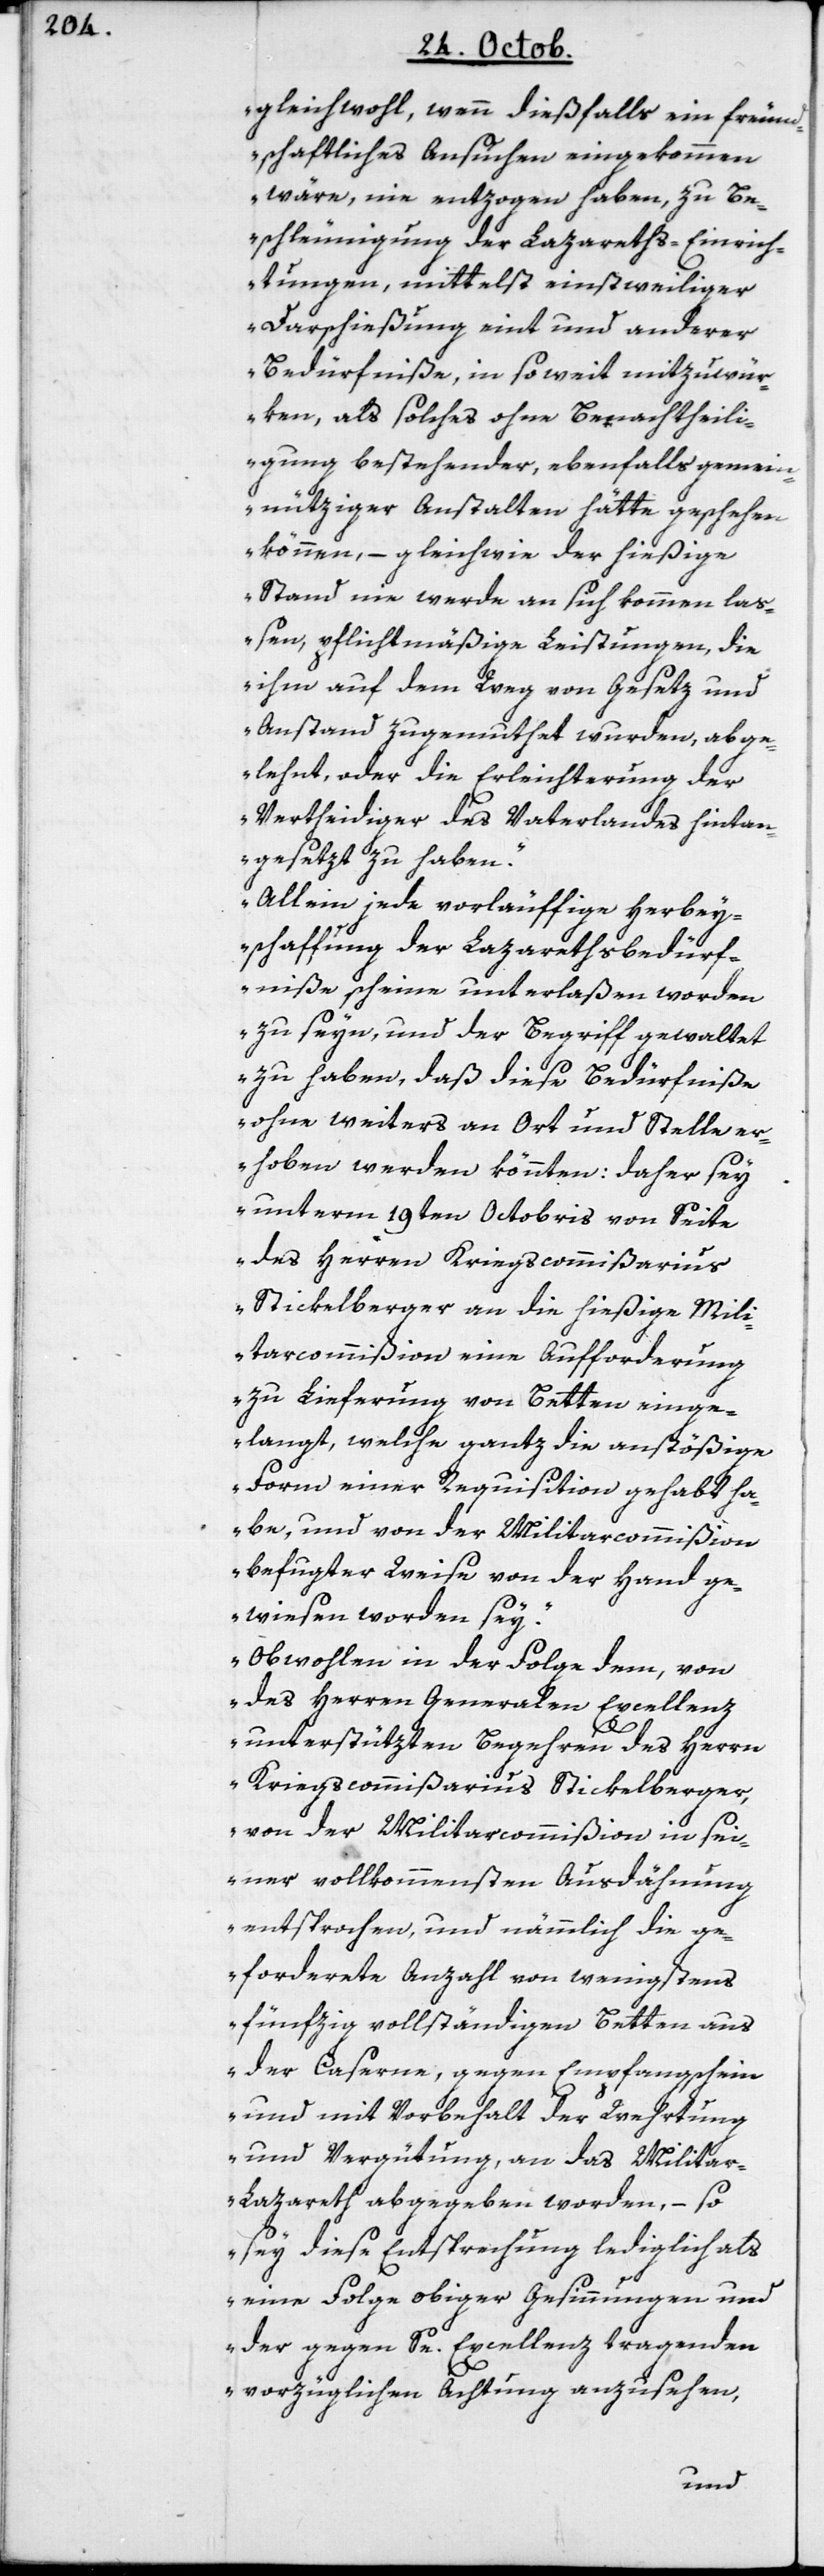
gleichwohl, wenn dießfalls ein freun¬
dschaftliches Ansuchen eingekommen
wäre, nie entzogen haben, zu Be¬
schleunigung der Lazareths-Einrich¬
tungen, mittelst einstweiliger
Darschießung eint und anderer
Bedürfniße, in so weit mitzuwür¬
ken, als solches ohne Benachtheili¬
gung bestehender, ebenfalls gemein¬
nütziger Anstalten hätte geschehen
können, – gleichwie der hießige
Stand nie werde an sich kommen laß¬
en, pflichtmäßige Leistungen, die
ihm auf dem Weg von Gesetz und
Anstand zugemutet wurden, abge¬
lehnt, oder die Erleichterung der
Vertheidiger des Vaterlandes hintan¬
gesetzt haben.
Allein jede vorläuffige Herbey¬
schaffung der Lazarethsbedürf¬
niße scheine unterlaßen worden
zu seyn, und der Begriff gewaltet
zu haben, daß diese Bedürfniße
ohne weiters an Ort und Stelle er¬
hoben werden könnten: daher sey
unterm 19ten Octobris von Seite
des Herrn Kriegscommißarius
Stickelberger an die hießige Mili¬
tarcommißion eine Aufforderung
zu Lieferung von Betten einge¬
langt, welche gantz die anstößige
Form einer Requisition gehabt ha¬
be, und von der Militarcommißion
befugter Weise von der Hand ge¬
wiesen worden sey.
Obwohlen in der Folge dem, von
des Herren Generalen Excellenz
unterstützten Begehren des Herrn
Kriegscommißarius Stickelberger,
von der Militarcommißion in sei¬
ner vollkommensten Ausdähung
entsprochen, und nämmlich die ge¬
forderte Anzahl von wenigstens
fünfzig vollständigen Betten aus
der Caserne, gegen Empfangsschein
und mit Vorbehalt der Werhtung
und Vergütung an das Militar-L¬
azareth abgegeben worden, – so
sey diese Entsprechung lediglich als
eine Folge obiger Gesinnung und
der gegen Se. Excellenz tragenden
vorzüglichen Achtung anzusehen,